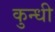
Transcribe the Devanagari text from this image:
कुन्धी